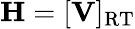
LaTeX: \mathbf{H}=[\mathbf{V}]_{\mathrm{RT}}